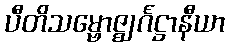
ပီတိသမ္ဗောဇ္ဈင်္ဂဋ္ဌာနီယာ